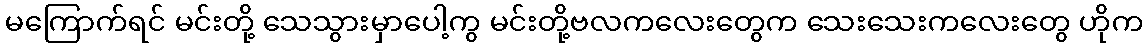
မကြောက်ရင် မင်းတို့ သေသွားမှာပေါ့ကွ မင်းတို့ဗလကလေးတွေက သေးသေးကလေးတွေ ဟိုက